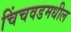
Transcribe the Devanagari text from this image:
चिंचवडमधील